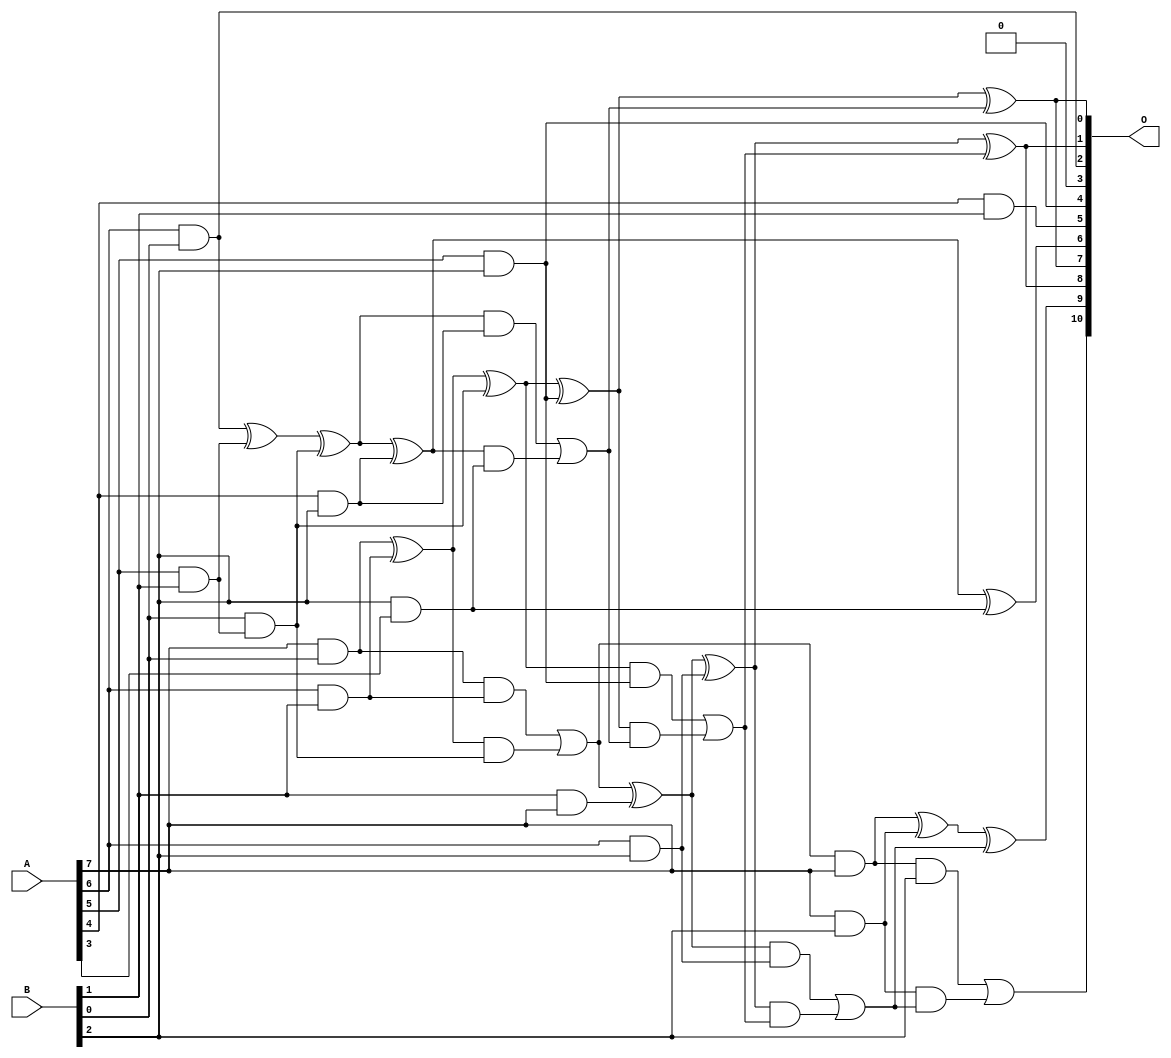
/***
* This code is a part of EvoApproxLib library (ehw.fit.vutbr.cz/approxlib) distributed under The MIT License.
* When used, please cite the following article(s): V. Mrazek, L. Sekanina, Z. Vasicek "Libraries of Approximate Circuits: Automated Design and Application in CNN Accelerators" IEEE Journal on Emerging and Selected Topics in Circuits and Systems, Vol 10, No 4, 2020 
* This file contains a circuit from a sub-set of pareto optimal circuits with respect to the pwr and mse parameters
***/
// MAE% = 0.89 %
// MAE = 18 
// WCE% = 3.22 %
// WCE = 66 
// WCRE% = 100.00 %
// EP% = 85.79 %
// MRE% = 13.98 %
// MSE = 580 
// PDK45_PWR = 0.034 mW
// PDK45_AREA = 107.5 um2
// PDK45_DELAY = 0.48 ns

module mul8x3u_085 (
    A,
    B,
    O
);

input [7:0] A;
input [2:0] B;
output [10:0] O;

wire sig_11,sig_15,sig_18,sig_24,sig_25,sig_32,sig_36,sig_49,sig_50,sig_51,sig_52,sig_54,sig_55,sig_56,sig_57,sig_58,sig_59,sig_60,sig_65,sig_66;
wire sig_67,sig_68,sig_82,sig_86,sig_87,sig_88,sig_89,sig_90,sig_91,sig_92,sig_93,sig_94,sig_95,sig_96,sig_97,sig_98,sig_99,sig_100,sig_101,sig_102;
wire sig_103,sig_104,sig_105;

assign sig_11 = B[1] & A[7];
assign sig_15 = A[6] & B[0];
assign sig_18 = A[7] & B[0];
assign sig_24 = A[5] & B[1];
assign sig_25 = A[6] & B[1];
assign sig_32 = B[1] & A[5];
assign sig_36 = A[4] & B[1];
assign sig_49 = sig_15 ^ sig_24;
assign sig_50 = B[0] & sig_24;
assign sig_51 = sig_32 & B[0];
assign sig_52 = sig_49 ^ sig_51;
assign sig_54 = sig_18 ^ sig_25;
assign sig_55 = sig_18 & sig_25;
assign sig_56 = sig_54 & sig_50;
assign sig_57 = sig_54 ^ sig_50;
assign sig_58 = sig_55 | sig_56;
assign sig_59 = sig_58 & A[7];
assign sig_60 = sig_58 ^ sig_11;
assign sig_65 = A[4] & B[2];
assign sig_66 = A[5] & B[2];
assign sig_67 = A[6] & B[2];
assign sig_68 = A[7] & B[2];
assign sig_82 = B[2] & A[3];
assign sig_86 = sig_52 ^ sig_65;
assign sig_87 = sig_52 & sig_65;
assign sig_88 = sig_86 & sig_82;
assign sig_89 = sig_86 ^ sig_82;
assign sig_90 = sig_87 | sig_88;
assign sig_91 = sig_57 ^ sig_66;
assign sig_92 = sig_57 & sig_66;
assign sig_93 = sig_91 & sig_90;
assign sig_94 = sig_91 ^ sig_90;
assign sig_95 = sig_92 | sig_93;
assign sig_96 = sig_60 ^ sig_67;
assign sig_97 = sig_60 & sig_67;
assign sig_98 = sig_96 & sig_95;
assign sig_99 = sig_96 ^ sig_95;
assign sig_100 = sig_97 | sig_98;
assign sig_101 = sig_59 ^ sig_68;
assign sig_102 = sig_59 & B[2];
assign sig_103 = sig_68 & sig_100;
assign sig_104 = sig_101 ^ sig_100;
assign sig_105 = sig_102 | sig_103;

assign O[10] = sig_105;
assign O[9] = sig_104;
assign O[8] = sig_99;
assign O[7] = sig_94;
assign O[6] = sig_89;
assign O[5] = sig_36;
assign O[4] = sig_66;
assign O[3] = 1'b0;
assign O[2] = sig_15;
assign O[1] = sig_99;
assign O[0] = sig_94;

endmodule